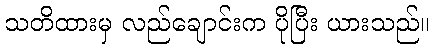
သတိထားမှ လည်ချောင်းက ပိုပြီး ယားသည်။